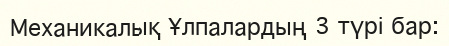
Механикалық Ұлпалардың 3 түрі бар: